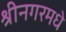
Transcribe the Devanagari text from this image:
श्रीनगरमधे